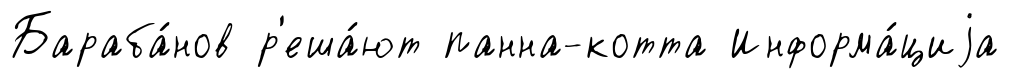
Бараба́нов р'еша́ют панна-котта Информа́циjа